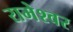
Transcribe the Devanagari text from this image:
रामेश्वर